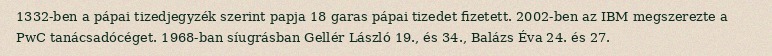
1332-ben a pápai tizedjegyzék szerint papja 18 garas pápai tizedet fizetett. 2002-ben az IBM megszerezte a PwC tanácsadócéget. 1968-ban síugrásban Gellér László 19., és 34., Balázs Éva 24. és 27.